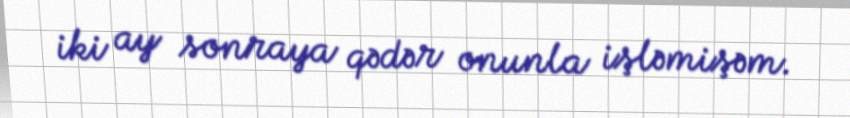
iki ay sonraya qədər onunla işləmişəm.